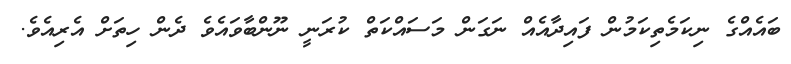
ބައެއްގެ ނިކަމެތިކަމުން ފައިދާއެއް ނަގަން މަސައްކަތް ކުރަނީ ނޫންބާވައެވެ ދެން ހިތަށް އެރިއެވެ.